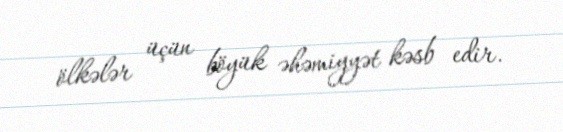
ölkələr üçün böyük əhəmiyyət kəsb edir.